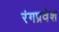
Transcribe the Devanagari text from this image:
रंगप्रवेश